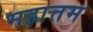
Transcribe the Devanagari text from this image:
महात्तम